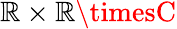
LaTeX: \mathbb{R}\times\mathbb{R}\timesC